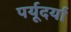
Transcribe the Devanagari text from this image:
पर्यूदर्या